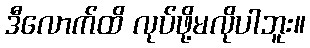
ဒီလောက်ထိ လုပ်ဖို့မလိုပါဘူး။